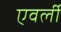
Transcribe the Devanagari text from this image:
एवर्ली